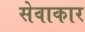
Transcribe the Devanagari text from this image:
सेवाकार